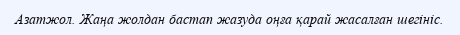
Азатжол. Жаңа жолдан бастап жазуда оңға қарай жасалған шегініс.